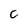
Character: C